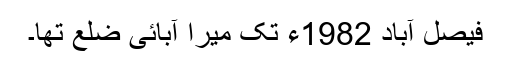
فیصل آباد 1982ء تک میرا آبائی ضلع تھا۔